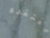
افتقده